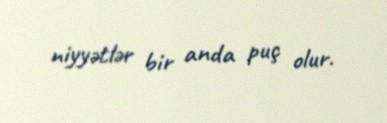
niyyətlər bir anda puç olur.